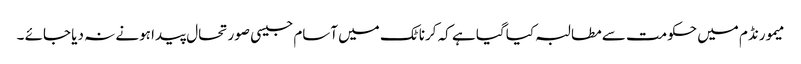
میمورنڈم میں حکومت سے مطالبہ کیا گیا ہے کہ کرناٹک میں آسام جیسی صورتحال پیدا ہونے نہ دیا جائے ۔